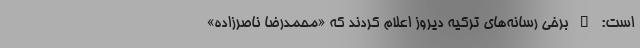
است: " برخی رسانه‌های ترکیه دیروز اعلام کردند که «محمدرضا ناصرزاده»